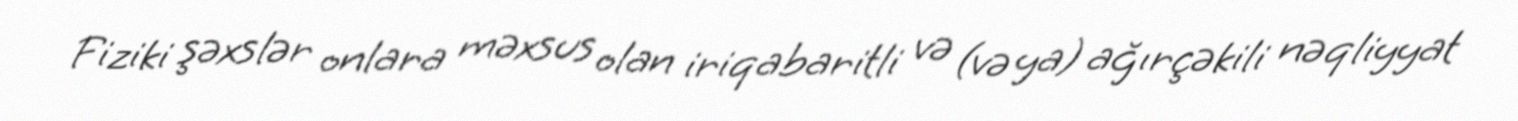
Fiziki şəxslər onlara məxsus olan iriqabaritli və (və ya) ağırçəkili nəqliyyat